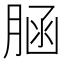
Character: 𦜆